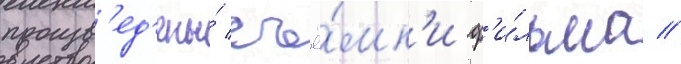
произв'ед'ены́ съё́мк'и ф'и́льма //